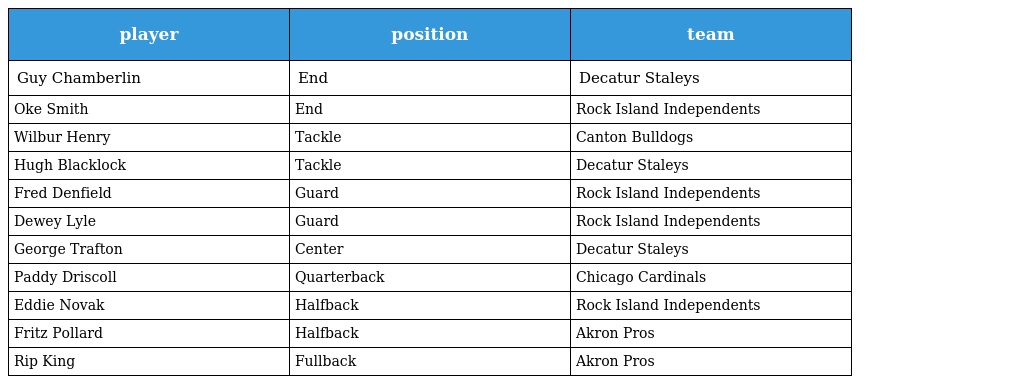
| player | position | team |
 | --- | --- | --- |
 | Guy Chamberlin | End | Decatur Staleys |
 | Oke Smith | End | Rock Island Independents |
 | Wilbur Henry | Tackle | Canton Bulldogs |
 | Hugh Blacklock | Tackle | Decatur Staleys |
 | Fred Denfield | Guard | Rock Island Independents |
 | Dewey Lyle | Guard | Rock Island Independents |
 | George Trafton | Center | Decatur Staleys |
 | Paddy Driscoll | Quarterback | Chicago Cardinals |
 | Eddie Novak | Halfback | Rock Island Independents |
 | Fritz Pollard | Halfback | Akron Pros |
 | Rip King | Fullback | Akron Pros |